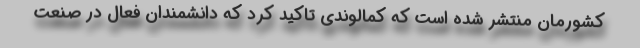
کشورمان منتشر شده است که کمالوندی تاکید کرد که دانشمندان فعال در صنعت